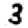
Digit: 3